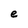
Character: e